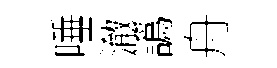
唾澈譌舟